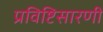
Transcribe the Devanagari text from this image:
प्रविष्टिसारणी